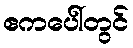
ဧကပေါ်တွင်